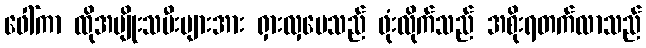
ဖေါ်ကာ ထိုအမျိုးသမီးများအား ရှားလှပေသည် ဖုံးလိုက်သည် အစိုးရတက်လာသည်